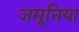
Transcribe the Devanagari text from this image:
जमूनिया